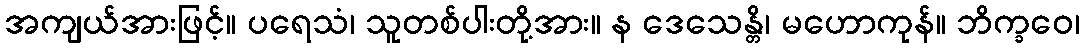
အကျယ်အားဖြင့်။ ပရေသံ၊ သူတစ်ပါးတို့အား။ န ဒေသေန္တိ၊ မဟောကုန်။ ဘိက္ခဝေ၊